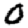
Digit: 0